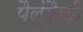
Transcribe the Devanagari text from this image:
पैलूंपैकी